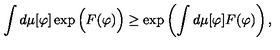
\int d \mu [ \varphi ] \exp \Big ( F ( \varphi ) \Big ) \geq \exp \left( \int d \mu [ \varphi ] F ( \varphi ) \right) ,